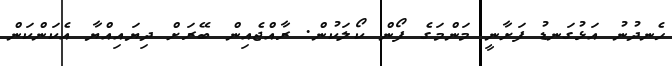
ހެނދުނު އަޅުގަނޑު ފަށާނީ މަންމަގެ ފޯން ކޯލަކުން. ރާއްޖެއިން ބޭރަށް ދިޔައިއްޔާ އެކަންކަން